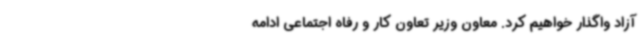
آزاد واگذار خواهیم کرد. معاون وزیر تعاون کار و رفاه اجتماعی ادامه